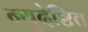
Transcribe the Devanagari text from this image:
न्युदेष्टित